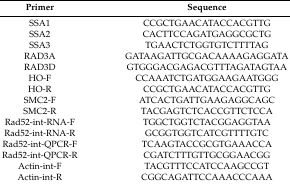
<table><thead><tr><td><b>Primer</b></td><td><b>Sequence</b></td></tr></thead><tbody><tr><td>SSA1</td><td>CCGCTGAACATACCACGTTG</td></tr><tr><td>SSA2</td><td>CACTTCCAGATGAGGCGCTG</td></tr><tr><td>SSA3</td><td>TGAACTCTGGTGTCTTTTAG</td></tr><tr><td>RAD3A</td><td>GATAAGATTGCGACAAAAGAGGATA</td></tr><tr><td>RAD3D</td><td>GTGGGACGAGACGTTTAGATAGTAA</td></tr><tr><td>HO-F</td><td>CCAAATCTGATGGAAGAATGGG</td></tr><tr><td>HO-R</td><td>CCGCTGAACATACCACGTTG</td></tr><tr><td>SMC2-F</td><td>ATCACTGATTGAAGAGGCAGC</td></tr><tr><td>SMC2-R</td><td>TACGAGTCTCACCGTTCTCCA</td></tr><tr><td>Rad52-int-RNA-F</td><td>TGGCTGGTCTACGGAGGTAA</td></tr><tr><td>Rad52-int-RNA-R</td><td>GCGGTGGTCATCGTTTTGTC</td></tr><tr><td>Rad52-int-QPCR-F</td><td>TCAAGTACCGCGTGAAACCA</td></tr><tr><td>Rad52-int-QPCR-R</td><td>CGATCTTTGTTGCGGAACGG</td></tr><tr><td>Actin-int-F</td><td>TACGTTTCCATCCAAGCCGT</td></tr><tr><td>Actin-int-R</td><td>CGGCAGATTCCAAACCCAAA</td></tr></tbody></table>